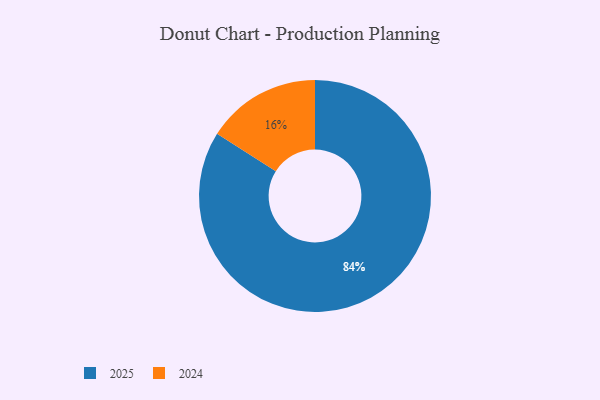
{"axis": {"x": "Category", "y": "Percentage"}, "legend": ["2024", "2025"], "data": [{"x": "2025", "y": 84, "type": "2025"}, {"x": "2024", "y": 16, "type": "2024"}]}